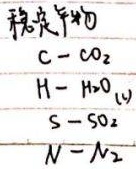
稳定产物：
\(\mathrm{C} \to \mathrm{CO}_{2}\)
\(\mathrm{H} \to \mathrm{H}_{2}\mathrm{O}_{(l)}\)
\(\mathrm{S} \to \mathrm{SO}_{2}\)
\(\mathrm{N} \to \mathrm{N}_{2}\)